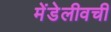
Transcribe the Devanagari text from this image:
मेंडेलीवची